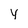
Character: Y